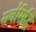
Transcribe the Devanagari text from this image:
सर्वसिद्धि